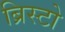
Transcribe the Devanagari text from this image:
ब्रिस्टो